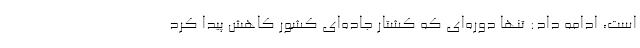
است، ادامه داد: تنها دوره‌ای که کشتار جاده‌ای کشور کاهش پیدا کرد